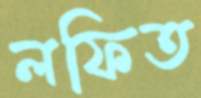
লফিত